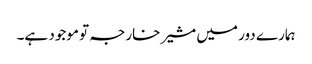
ہمارے دور میں مشیر خارجہ تو موجود ہے۔